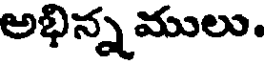
అభిన్నములు.